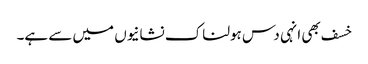
خسف بھی انہی دس ہولناک نشانیوں میں سے ہے۔